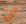
من